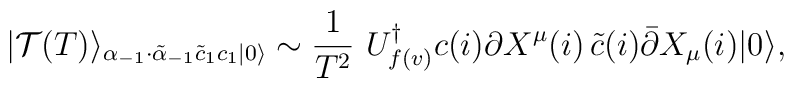
|\mathcal{T}(T)\rangle_{\alpha_{-1} \cdot \tilde{\alpha}_{-1}          \tilde{c}_1 c_1 |0\rangle} \sim\frac{1}{T^2}\,\, U_{f(v)}^{\dagger} c(i)\partial X^{\mu}(i)\,\tilde{c}(i) \bar{\partial} X_{\mu}(i) |0\rangle,